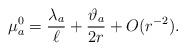
LaTeX: \begin{align*}\mu_a^0 = \frac{\lambda_a}{\ell} +\frac{\vartheta_a}{2r} + O(r^{-2}). \end{align*}